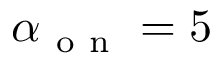
\alpha _ { \mathrm { ~ o ~ n ~ } } = 5